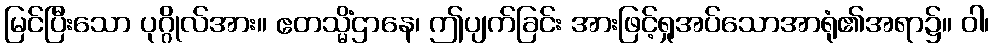
မြင်ပြီးသော ပုဂ္ဂိုလ်အား။ ဧတသ္မိံဌာနေ၊ ဤပျက်ခြင်း အားဖြင့်ရှုအပ်သောအာရုံ၏အရာ၌။ ဝါ၊